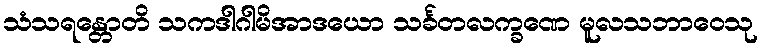
သံသရန္တောတိ သကဒါဂါမိအာဒယော သင်္ခတလက္ခဏေ မူလသဘာဝေသု